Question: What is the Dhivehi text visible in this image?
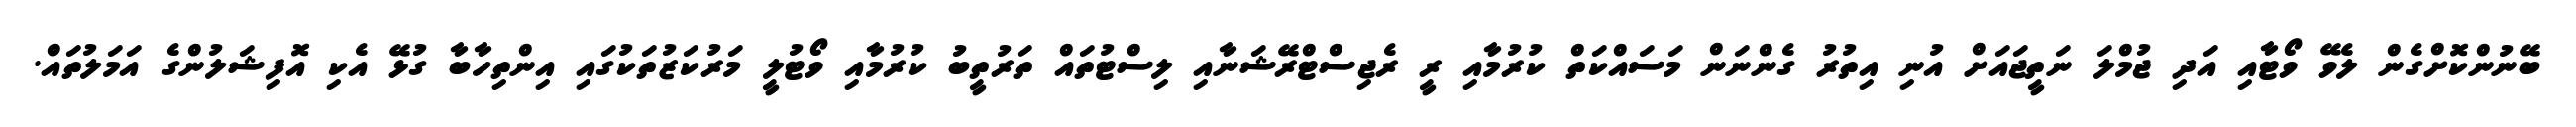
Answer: ބޭނުންކޮށްގެން ލެވޭ ވޯޓާއި އަދި ޖުމްލަ ނަތީޖައަށް އުނި އިތުރު ގެންނަން މަސައްކަތް ކުރުމާއި ރީ ރެޖިސްޓްރޭޝަނާއި ލިސްޓުތައް ތަރުތީބު ކުރުމާއި ވޯޓުލީ މަރުކަޒުތަކުގައި އިންތިހާބާ ގުޅޭ އެކި އޮފިޝަލުންގެ އަމަލުތައް.